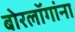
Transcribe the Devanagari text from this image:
बोरलॉगांना